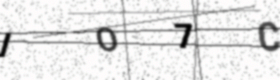
Text: IO7C